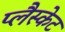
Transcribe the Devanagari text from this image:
प्लैस्केट